Leaving Certificate, 1899
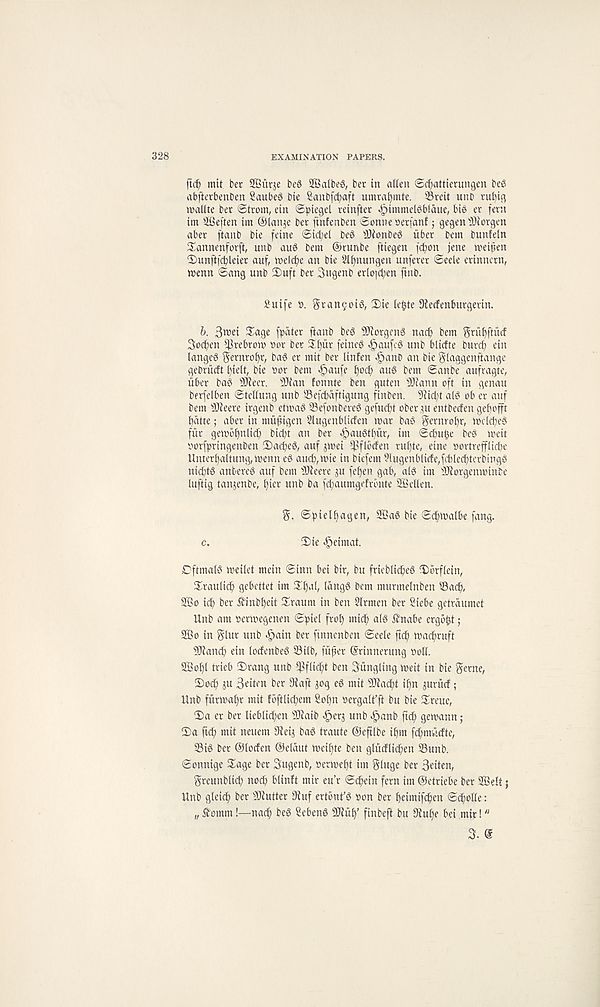
328
EXAMINATION PAPERS.
ftcfj mit bet SBvtrje beS SBalbeg, bet in alien 6cf)attietungen beg
abftetbenben Saubeg bte Sanbfct)aft umraijmte. Sreit unD rul^ig
walite bet ©trom, ein ©piegel teinfiet ^)tmmelgbfaue, big et fern
im iCeften im ®Ianje bet finfenben ©onne getfanf 5 gegen Morgen
abet ftanb bie feine ©icfyel beg s Dionbeg liber bem bunfein
Xannenforft, unb aug bem ®runbe ftiegen fct)on jene weifen
CDunfifcbleiet auf, n>elcf)e an bie Slijnungen unferer ©eele etinncrn,
tt)enn ©ang unb iDuft bet 3ugenb erlo|cl;en fmb.
Suife b. 3tan9oig, 3)ie le^te 9?ecfenbutgetin.
b. 3roei Sage [pater ftanb beg Siftorgeng nacp bem gruf)ftuif
3o^)en ^rebrorn bot bet St)ur feineg «^aufcg unb blicfte butcp ein
langeg [5ernrof)r, bag et mit bet linfen ^»anD an bie glaggenftange
gebrutft l)ieit, bie bor bem «§)au[e £)ocf) aug bem ©anbe aufragte,
iiber bag s )Jfeer. SJian fonnte ben guten SRann oft in genau
berfelben ©teliung unb Sefcpaffigung finben. 9iid)t alg ob et auf
bem s Dieere itgenb etmag Sefonbeteg gefucpt ober ^u entbecfen ge^offt
patte; abet in mufiigen Slugenblicfen mar bag gernrofyr, mclcpeg
fiir gen)bi)nlid) bicpt an bet ^augttjiir, im ©cbu§e beg meit
borfpringenben 2)acpeg, auf jmei ^fibrfen rui)te, eine bortrefflicpe
Umer^aitung, menn eg aucp,mie in biefem ?lugenblicfe,[cblecptetbingg
ni(f)tg antereg auf bem ^Jfeere ^u fef)en gab, alg im ^Rorgembinbe
luftig tanjenbe, t)ier unb ba [cpaumgefronte SBeilen.
<©pielf)agen, 2Bag bie ©c^malbe fang.
c.
2)ie ^eimat.
Dftmalg meilet mein ©inn bei bit, bu ftiebli^eg iDbrflein,
Staulicf) gebettet im Si)al, Idngg bem murmelnben iBadj),
S®o icp bet ^inb^eit Sraum in ben Sitmen bet Siebe getrdumet
Unb am oetmegenen ©piel ftol) mi(^ alg ffnabe ergbfjt ;
SBo in glut unb ^>ain bet finnenben ©eele ftc^ macfjruft
s 3Jiait(^ ein locfenbeg 23ilb, [lifter ©rinnerung ooll.
2Boi)l ttieb S)rang unb $flicf)t ben bungling meit in bie getne,
2)odj> ju Seiten bet Dtaft jog eg mit Sftacpt if)n jutucf ;
Unb furma^t mit foftlicpem Sopn oergalt’ft bu bie Steuc,
2)a er bet lieblic^en SJiaib ^etj unb ^anb gemann;
3)a fief) mit neuem 9ieij bag traute ©eftlbe ipm fcfjmiidfte,
S3ig bet ©loefen ©eldut n>eil)te ben glutflic^en S3unb.
©onnige Sage bet 3ugenb, vermetjt im gluge bet 3eiten,
Steunblicp nocp blinft mir eu’r ©epein fern im ©etriebe bet 2Belt}
Unb gleicp bet Gutter 9iuf ertont’g »on bet peimifepen ©cpoKe:
„ £omm!—nacp beg Sebeng ^up’ finbeft bu 9iupe bei mir!"
3. @